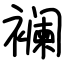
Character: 襕